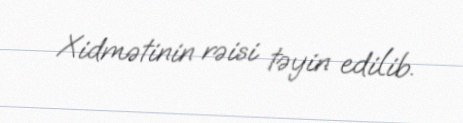
Xidmətinin rəisi təyin edilib.